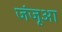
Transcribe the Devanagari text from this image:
जंजूआ